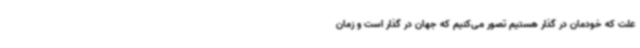
علت که خودمان در گذار هستیم تصور می‌کنیم که جهان در گذار است و زمان